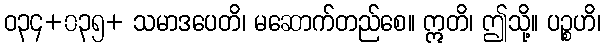
ဝ၃၄+၀၃၅+ သမာဒပေတိ၊ မဆောက်တည်စေ။ ဣတိ၊ ဤသို့။ ပဉ္စဟိ၊